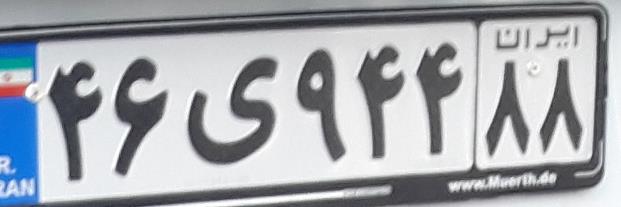
۴۶ی۹۴۴۸۸